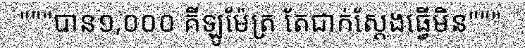
"""បាន១,០០០ គីឡូម៉ែត្រ តែជាក់ស្តែងធ្វើមិន"""